Sketch of the medical history of the native army of Bombay, for the year
Year: 1875
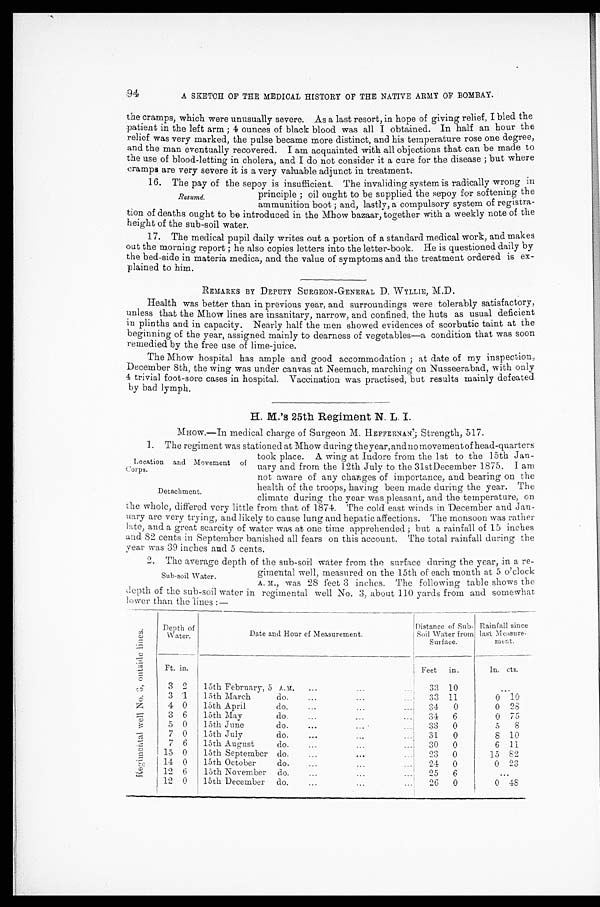
Location and Movement of
Corps.
Detachment.
the cramps, which were unusually severe. As a last resort, in hope of giving relief, I bled the
patient in the left arm; 4 ounces of black blood was all I obtained. In half an hour the
relief was very marked, the pulse became more distinct, and his temperature rose one degree,
and the man eventually recovered. I am acquainted with all objections that can be made to
the use of blood-letting in cholera, and I do not consider it a cure for the disease; but where
cramp are very severe it is a very valuable adjunct in treatment.
16. The pay of the sepoy is insufficient. The invaliding system is radically wrong in
principle; oil ought to be supplied the sepoy for softening the
ammunition boot; and, lastly, a compulsory system of registra
-tion of deaths ought to be introduced in the Mhow bazaar, together with a weekly note of the
height of the sub-soil water.
17. The medical pupil daily writes out a portion of a standard medical work, and makes
out the morning report; he also copies letters into the letter-book. He is questioned daily by
the bed-side in materia medica, and the value of symptoms and the treatment ordered is ex
- p l a i n e d t o h i m .
REMARKS BY DEPUTY SURGEON-GENERAL D. WYLLIE, M.D.
Health was better than in previous year, and surroundings were tolerably satisfactory,
unless that the Mhow lines are insanitary, narrow, and confined, the huts as usual deficient
in plinths and in capacity. Nearly half the men showed evidences of scorbutic taint at the
beginning of the year, assigned mainly to dearness of vegetables—a condition that was soon
remedied by the free use of lime-juice.
The Mhow hospital has ample and good accommodation; at date of my inspection,
December 8th, the wing was under canvas at Neemuch, marching on Nusseerabad, with only
4 trivial foot-sore cases in hospital. Vaccination was practised, but results mainly defeated
by bad lymph.
H. M.'s 25th Regiment N. L. I.
MHOW.—In medical charge of Surgeon M. HEFFERNAN; Strength, 517.
1. The regiment was stationed at Mhow during the year, and no movement of head-quarter
s took place. A wing at Indore from the 1st to the 15th Jan-
uary and from the 12th July to the 31stDecember 1875. I am
not aware of any changes of importance, and bearing on the
health of the troops, having been made during the year. The
climate during the year was pleasant, and the temperature, on
the whole, differed very little from that of 1874. The cold east winds in December and Jan-
uary are very trying, and likely to cause lung and hepatic affections. The monsoon was rather
late, and a great scarcity of water was at one time apprehended; but a rainfall of 15 inches
and 82 cents in September banished all fears on this account. The total rainfall during the
year was 39 inches and 5 cents.
2. The average depth of the sub-soil water from the surface during the year, in a re-
gimental well, measured on the 15th of each month at 5 o'clock
A.M., was 28 feet 3 inches. The following table shows the
depth of the sub-soil water in regimental well No. 3, about 110 yards from and somewhat
lower than the lines:—
R e g i m e n t a l w e l l N o . 3 , o u t s i d e l i n e s .
D e p t h
o
f Water.
Date and Hour of Measurement.
Distance of Sub-
Soil Water from
Surface.
Rainfall since
last Measure-
ment.
Ft. i n .
Feet in.
In. cts.
3 2
15th February, 5 A.M.
33 10
. . .
3 1 15th March do.
33 11
0
10
4 0
15th April do.
3 4 0
0 28
3 6
15th May do.
34 6
0 7 5
5 0
15th June do.
33
0
5
8
7 0
15th July do.
31
0
8 10
7 6
15th August do.
30
0
6 11
15 0
15th September do.
2 3
0
15 82
14 0
15th October do.
2 4
0
0 23
12 6
15th November do.
25
6
. . .
12 0
15th December do.
26
0
0 48
Resumé.
Sub-soil Water.